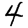
Digit: 4